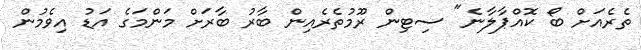
ތެރެއަށް ބޯ ކޮއްޕާލާނެ" ސިޓިން ރޫމުތެރެއިން ބާރު ބާރަށް މަންމަގެ އަޑު އިވެމުން